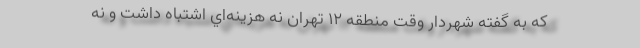
كه به گفته شهردار وقت منطقه 12 تهران نه هزينه‌اي اشتباه داشت و نه